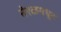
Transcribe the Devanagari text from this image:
नेरळमधून